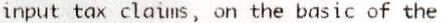
INPUT TAX CLAIMS, ON THE BASIC OF THE